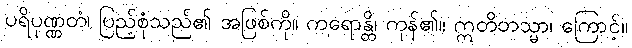
ပရိပုဏ္ဏတံ၊ ပြည့်စုံသည်၏ အဖြစ်ကို။ ကရောန္တိ၊ ကုန်၏။ ဣတိတသ္မာ၊ ကြောင့်။